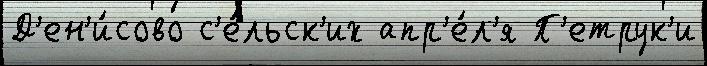
Д'ен'и́сово с'е́льск'их апр'е́л'я П'етрук'и